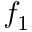
f _ { 1 }